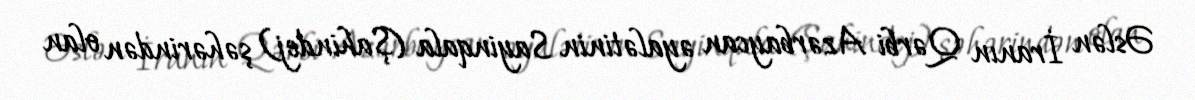
Əslən İranın Qərbi Azərbaycan əyalətinin Sayinqala (Şahindej) şəhərindən olan